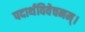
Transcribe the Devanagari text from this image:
पदार्थविवेचनम्।